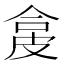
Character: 㿯